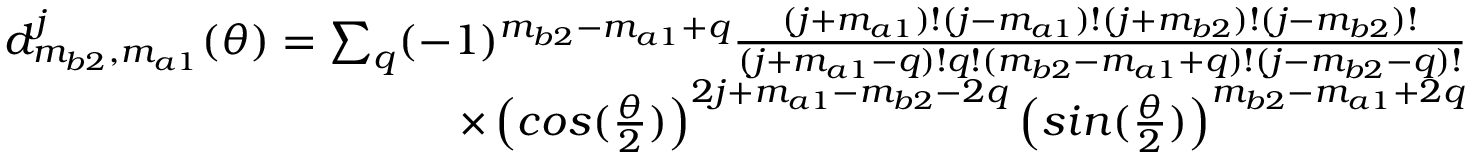
\begin{array} { r } { d _ { m _ { b 2 } , m _ { a 1 } } ^ { j } ( \theta ) = \sum _ { q } ( - 1 ) ^ { m _ { b 2 } - m _ { a 1 } + q } \frac { ( j + m _ { a 1 } ) ! ( j - m _ { a 1 } ) ! ( j + m _ { b 2 } ) ! ( j - m _ { b 2 } ) ! } { ( j + m _ { a 1 } - q ) ! q ! ( m _ { b 2 } - m _ { a 1 } + q ) ! ( j - m _ { b 2 } - q ) ! } } \\ { \times \left( c o s ( \frac { \theta } { 2 } ) \right) ^ { 2 j + m _ { a 1 } - m _ { b 2 } - 2 q } \left( s i n ( \frac { \theta } { 2 } ) \right) ^ { m _ { b 2 } - m _ { a 1 } + 2 q } } \end{array}